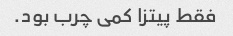
فقط پیتزا کمی چرب بود.